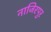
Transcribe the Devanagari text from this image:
नाजिरपुर